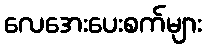
လေအေးပေးစက်များ